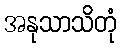
အနုသာသိတုံ